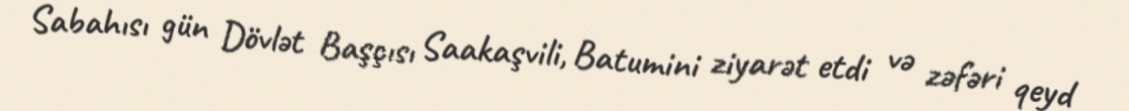
Sabahısı gün Dövlət Başçısı Saakaşvili, Batumini ziyarət etdi və zəfəri qeyd